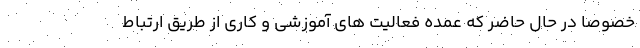
خصوصا در حال حاضر که عمده فعالیت های آموزشی و کاری از طریق ارتباط